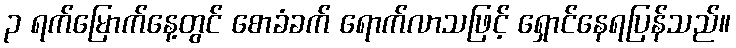
၃ ရက်မြောက်နေ့တွင် စောခံခက် ရောက်လာသဖြင့် ရှောင်နေရပြန်သည်။